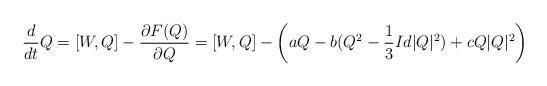
LaTeX: \begin{align*}\begin{array}{l}\displaystyle{\frac{d}{dt}Q=[W,Q]- \frac{\partial F(Q)}{\partial Q}}=[W,Q]-\left(aQ-b(Q^2-\frac{1}{3}Id |Q|^2)+cQ|Q|^2\right)\end{array}\end{align*}